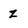
Character: Z